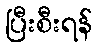
ပြီးစီးရန်